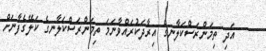
އަދި ތިމަންރަސްކަލާނގެ އިރާދަކުރައްވާނަމަ ތިމަންރަސްކަލާނގެ ކަލޭގެފާނަށް